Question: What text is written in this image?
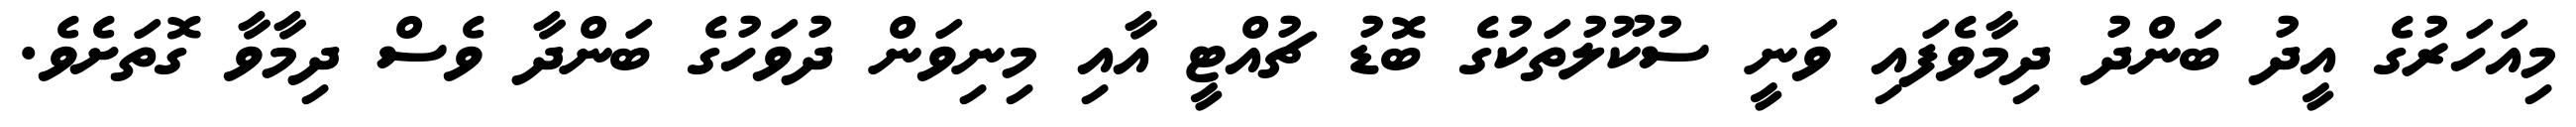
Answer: މިއަހަރުގެ އީދު ބަންދު ދިމާވެފައި ވަނީ ސުކޫލުތަކުގެ ބޮޑު ޗުއްޓީ އާއި މިނިވަން ދުވަހުގެ ބަންދާ ވެސް ދިމާވާ ގޮތަށެވެ.